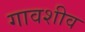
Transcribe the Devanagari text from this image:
गावशीव